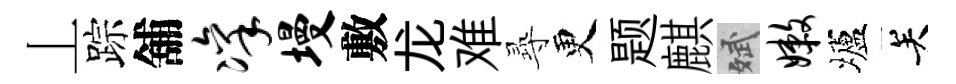
丄踪舖凛墁敷龙难𡬶更题麒斌嫩壚关